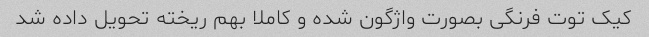
کیک توت فرنگی بصورت واژگون شده و کاملا بهم ریخته تحویل داده شد